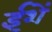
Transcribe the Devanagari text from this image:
ईशें